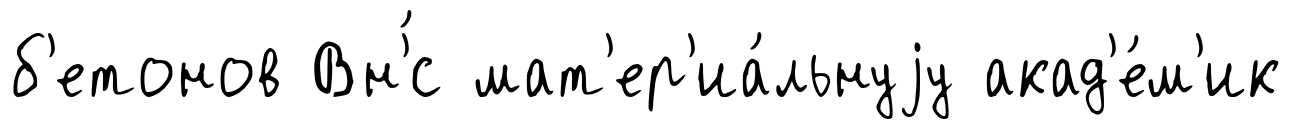
б'етонов Вн'́с мат'ер'иа́льнуjу акад'е́м'ик